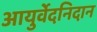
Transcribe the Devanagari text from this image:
आयुर्वेदनिदान